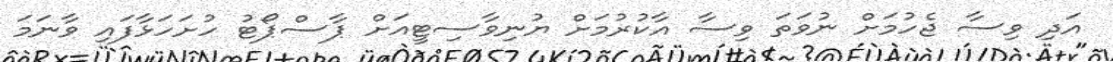
އަދި ވިސާ ޖެހުމަށް ނުވަތަ ވިސާ އާކުރުމަށް ޔުނިވާސިޓީއަށް ޕާސްޕޯޓު ހުށަހަޅާފައި ވާނަމަ